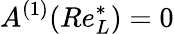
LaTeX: A^{(1)}(Re_{L}^{*})=0